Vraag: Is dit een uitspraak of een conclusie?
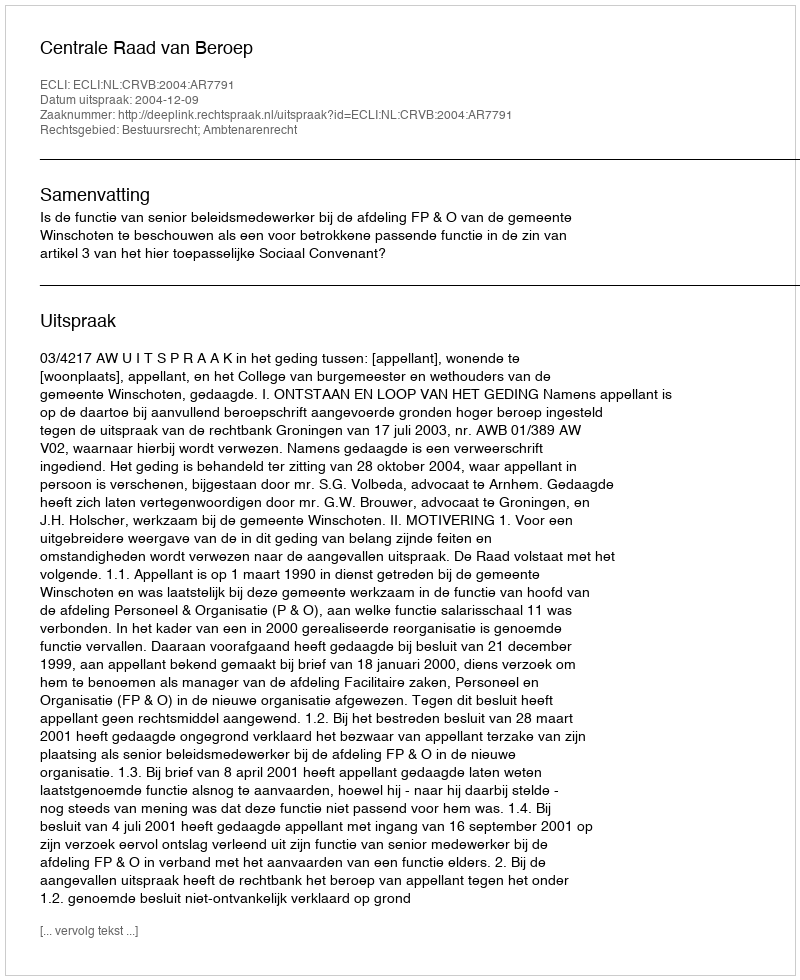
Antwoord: Uitspraak